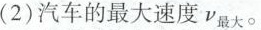
(2)汽车的最大速度v_{最大}。